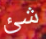
شئ